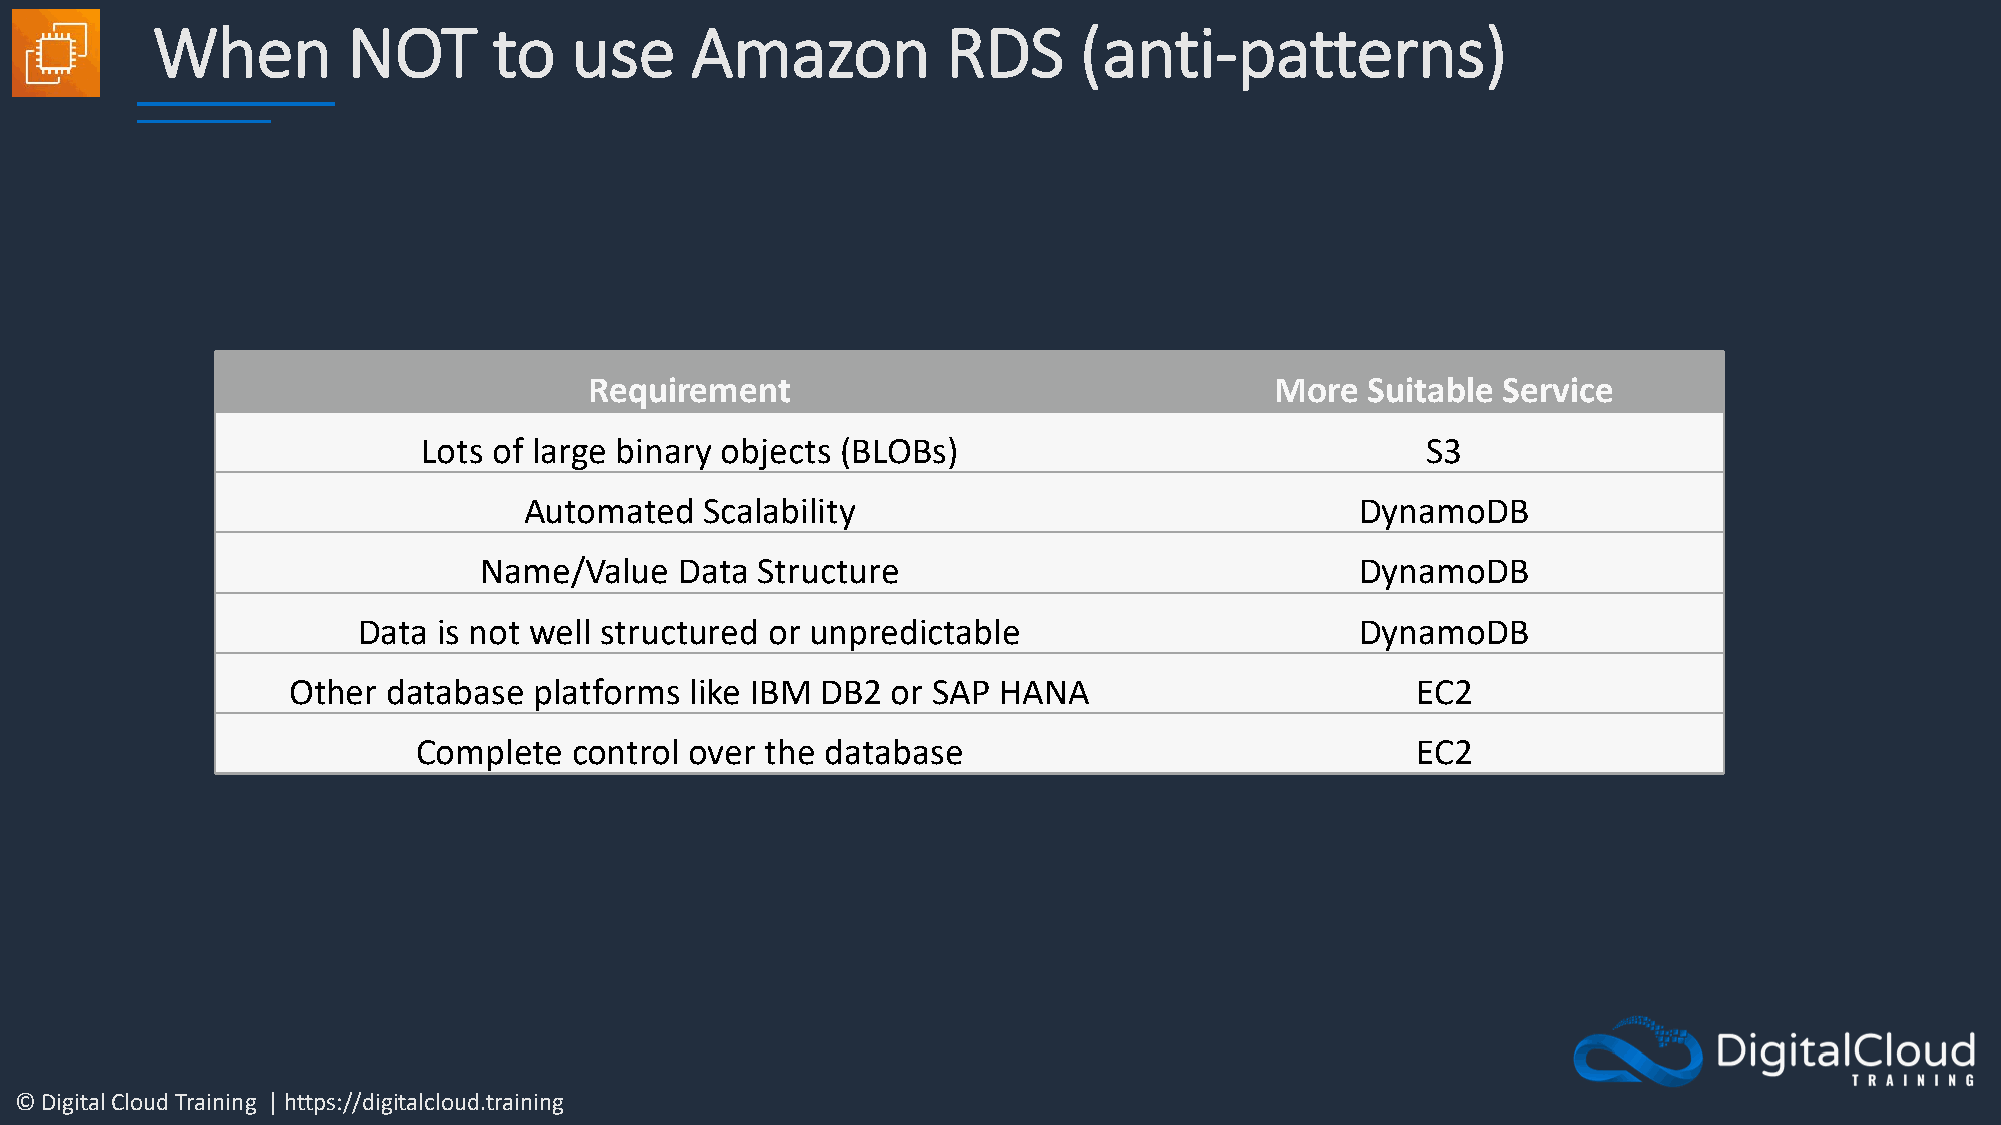
When         NOT       to   use     Amazon           RDS     (anti-patterns)
 Requirement                                  More  Suitable Service
 Lots of large binary objects (BLOBs)                              S3
 Automated   Scalability                                DynamoDB
 Name/Value   Data Structure                               DynamoDB
 Data is not well structured or unpredictable                      DynamoDB
 Other  database platforms  like IBM DB2 or SAP HANA                        EC2
 Complete  control over the database                               EC2
 © Digital Cloud Training | https://digitalcloud.training